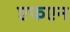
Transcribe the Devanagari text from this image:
एफएन